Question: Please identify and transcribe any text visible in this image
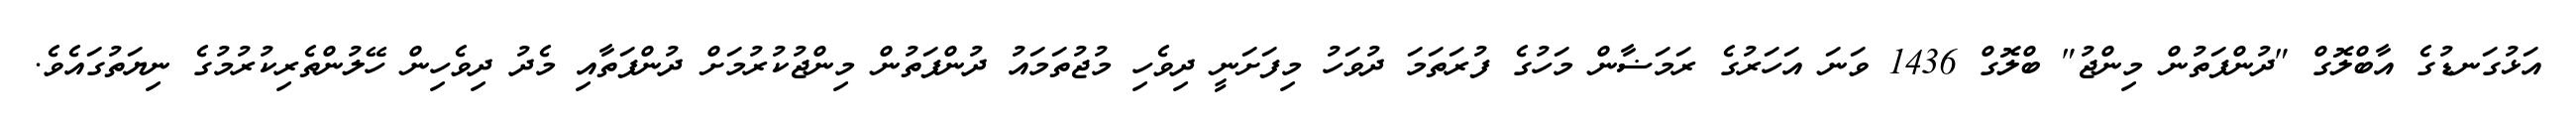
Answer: އަޅުގަނޑުގެ އާބްލޮގް "ދުންފަތުން މިންޖު" ބްލޮގް 1436 ވަނަ އަހަރުގެ ރަމަޟާން މަހުގެ ފުރަތަމަ ދުވަހު މިފަށަނީ ދިވެހި މުޖުތަމައު ދުންފަތުން މިންޖުކުރުމަށް ދުންފަތާއި މެދު ދިވެހިން ހޭލުންތެރިކުރުމުގެ ނިޔަތުގައެވެ.